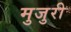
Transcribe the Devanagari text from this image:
मुजुरी